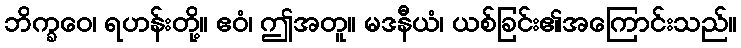
ဘိက္ခဝေ၊ ရဟန်းတို့။ ဧဝံ၊ ဤအတူ။ မဒနီယံ၊ ယစ်ခြင်း၏အကြောင်းသည်။